Annual administration report of the Civil Veterinary Department of India - 1897-1898
Year: 1897
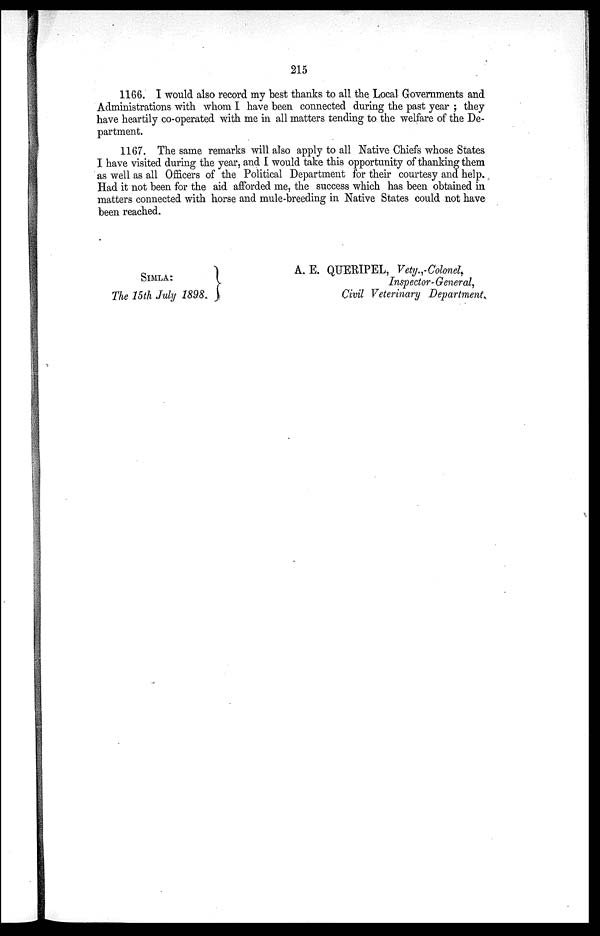
215
1166. I would also record my best thanks to all the Local Governments and
Administrations with whom I have been connected during the past year; they
have heartily co-operated with me in all matters tending to the welfare of the De-
partment.
1167. The same remarks will also apply to all Native Chiefs whose States
I have visited during the year, and I would take this opportunity of thanking them
as well as all Officers of the Political Department for their courtesy and help.
Had it not been for the aid afforded me, the success which has been obtained in
matters connected with horse and mule-breeding in Native States could not have
been reached.
SIMLA:
The 15th July 1898.
A. E. QUERIPEL, Vety.,-Colonel,
Inspector-General,
Civil Veterinary Department.